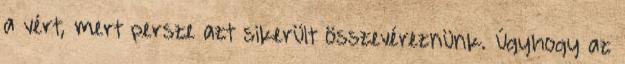
a vért, mert persze azt sikerült összevéreznünk. Úgyhogy az